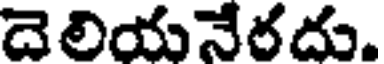
దెలియనేరదు.